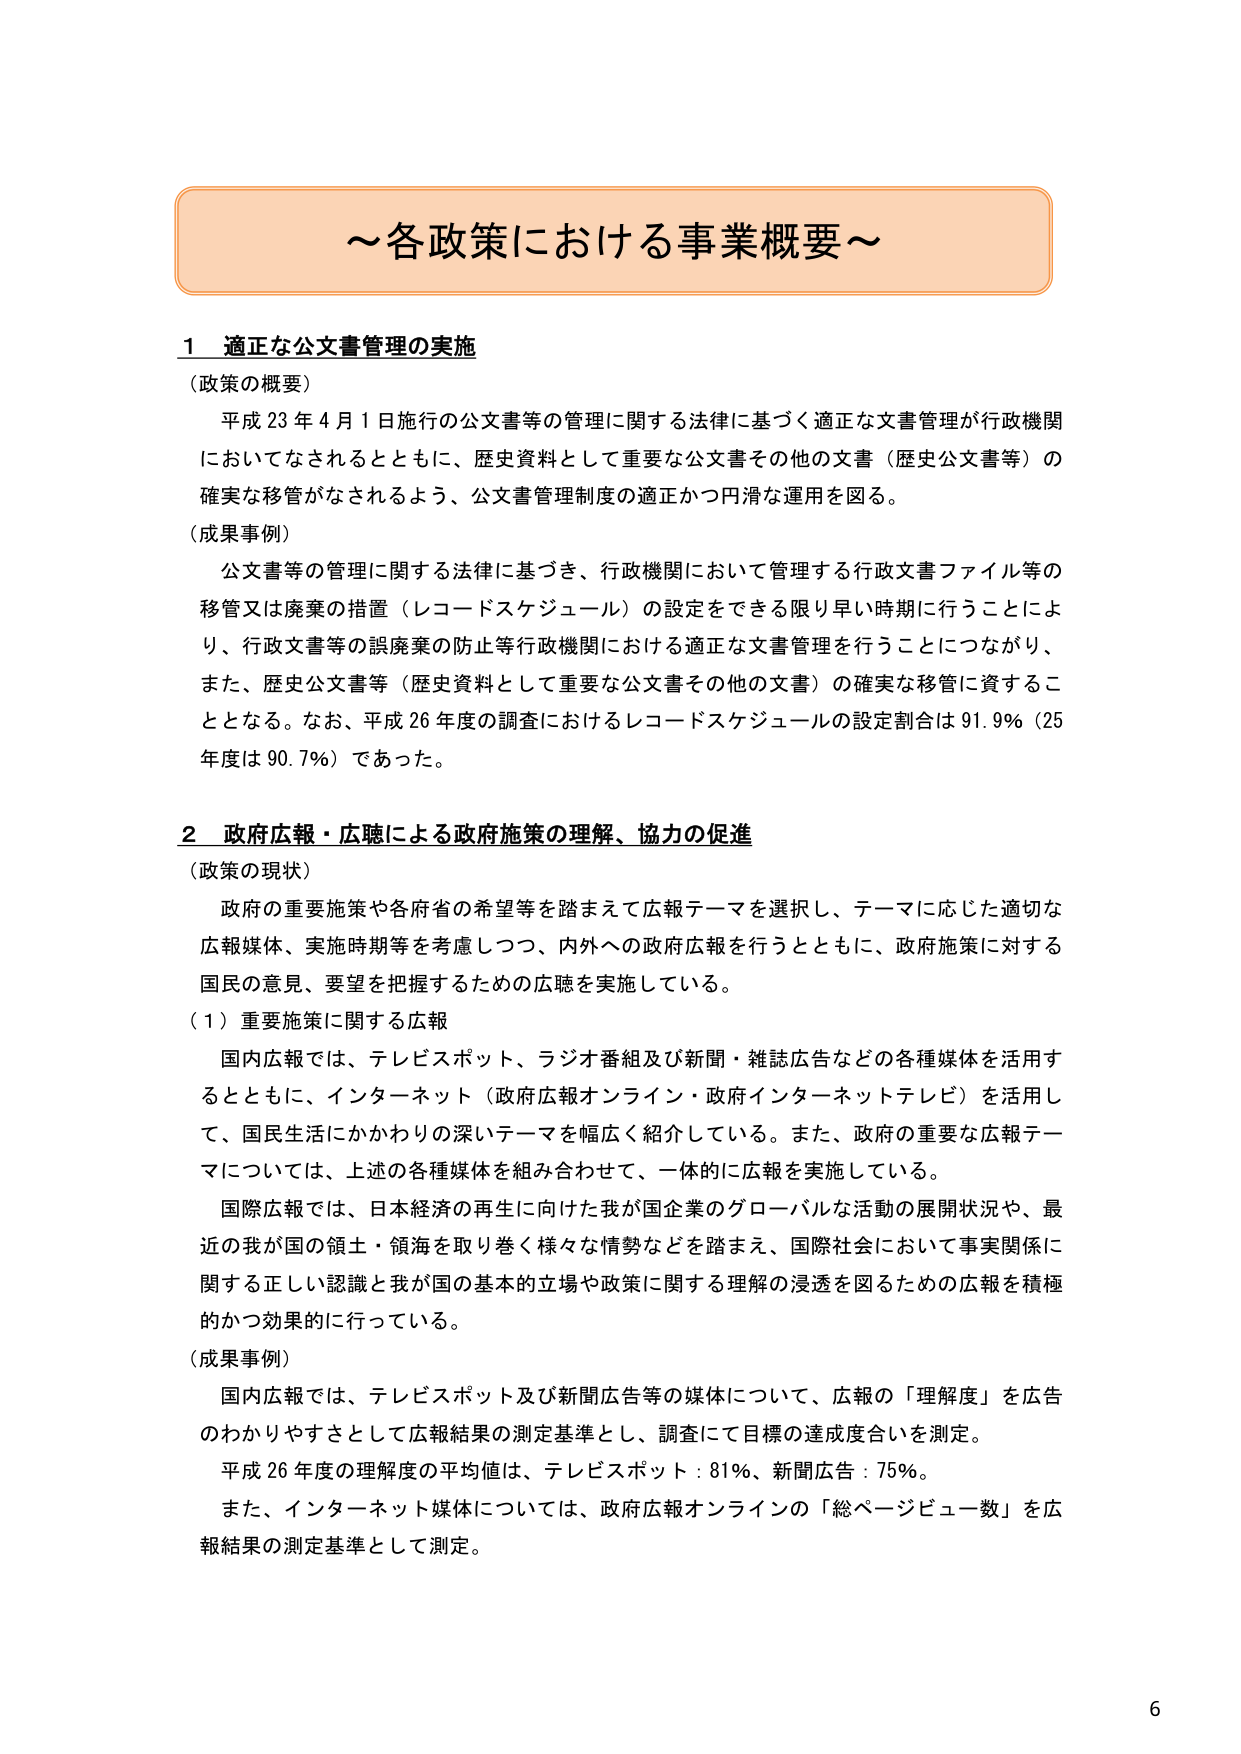
～各政策における事業概要～

1 適正な公文書管理の実施
（政策の概要）
平成23年4月1日施行の公文書等の管理に関する法律に基づく適正な文書管理が行政機関
においてなされるとともに、歴史資料として重要な公文書その他の文書（歴史公文書等）の
確実な移管がなされるよう、公文書管理制度の適正かつ円滑な運用を図る。
（成果事例）
公文書等の管理に関する法律に基づき、行政機関において管理する行政文書ファイル等の
移管又は廃棄の措置（レコードスケジュール）の設定をできる限り早い時期に行うことによ
り、行政文書等の誤廃棄の防止等行政機関における適正な文書管理を行うことにつながり、
また、歴史公文書等（歴史資料として重要な公文書その他の文書）の確実な移管に資するこ
ととなる。なお、平成26年度の調査におけるレコードスケジュールの設定割合は91.9％（25
年度は90.7％）であった。

2 政府広報・広聴による政府施策の理解、協力の促進
（政策の現状）
政府の重要施策や各府省の希望等を踏まえて広報テーマを選択し、テーマに応じた適切な
広報媒体、実施時期等を考慮しつつ、内外への政府広報を行うとともに、政府施策に対する
国民の意見、要望を把握するための広聴を実施している。
（1）重要施策に関する広報
国内広報では、テレビスポット、ラジオ番組及び新聞・雑誌広告などの各種媒体を活用す
るとともに、インターネット（政府広報オンライン・政府インターネットテレビ）を活用し
て、国民生活にかかわりの深いテーマを幅広く紹介している。また、政府の重要な広報テー
マについては、上述の各種媒体を組み合わせて、一体的に広報を実施している。
国際広報では、日本経済の再生に向けた我が国企業のグローバルな活動の展開状況や、最
近の我が国の領土・領海を取り巻く様々な情勢などを踏まえ、国際社会において事実関係に
関する正しい認識と我が国の基本的立場や政策に関する理解の浸透を図るための広報を積極
的かつ効果的に行っている。
（成果事例）
国内広報では、テレビスポット及び新聞広告等の媒体について、広報の「理解度」を広告
のわかりやすさとして広報結果の測定基準とし、調査にて目標の達成度合いを測定。
平成26年度の理解度の平均値は、テレビスポット：81％、新聞広告：75％。
また、インターネット媒体については、政府広報オンラインの「総ページビュー数」を広
報結果の測定基準として測定。

6